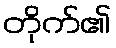
တိုက်၏